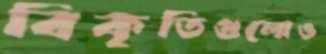
বিকৃতিগুলোও